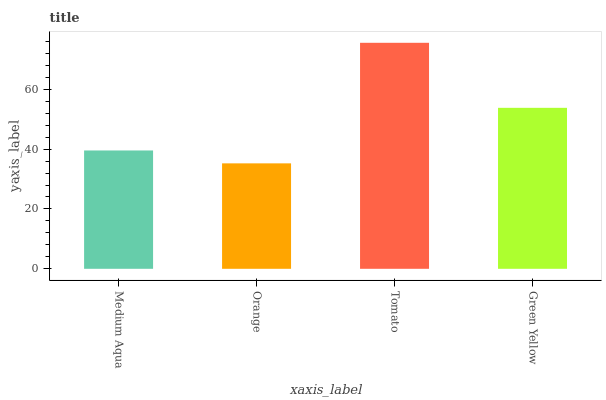
| xaxis_label | bars |
 | --- | --- |
 | Medium Aqua | 39.5 |
 | Orange | 35.2 |
 | Tomato | 75.5 |
 | Green Yellow | 53.8 |